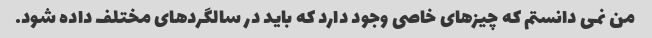
من نمی دانستم که چیزهای خاصی وجود دارد که باید در سالگردهای مختلف داده شود.